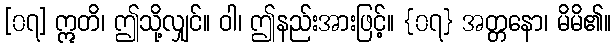
[၀၇] ဣတိ၊ ဤသို့လျှင်။ ဝါ၊ ဤနည်းအားဖြင့်။ {၀၇} အတ္တနော၊ မိမိ၏။